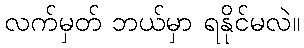
လက်မှတ် ဘယ်မှာ ရနိုင်မလဲ။